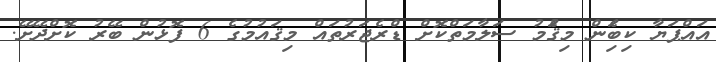
އައްޕަޔާ ކިބަެިން މިޤަެުމު ސަލާމަތްކޮށް ޑްރެޖަރުތައް މިޤައުމުގެ 6 ފޮޅުން ބޭރު ކޮށްދޭށޭ.